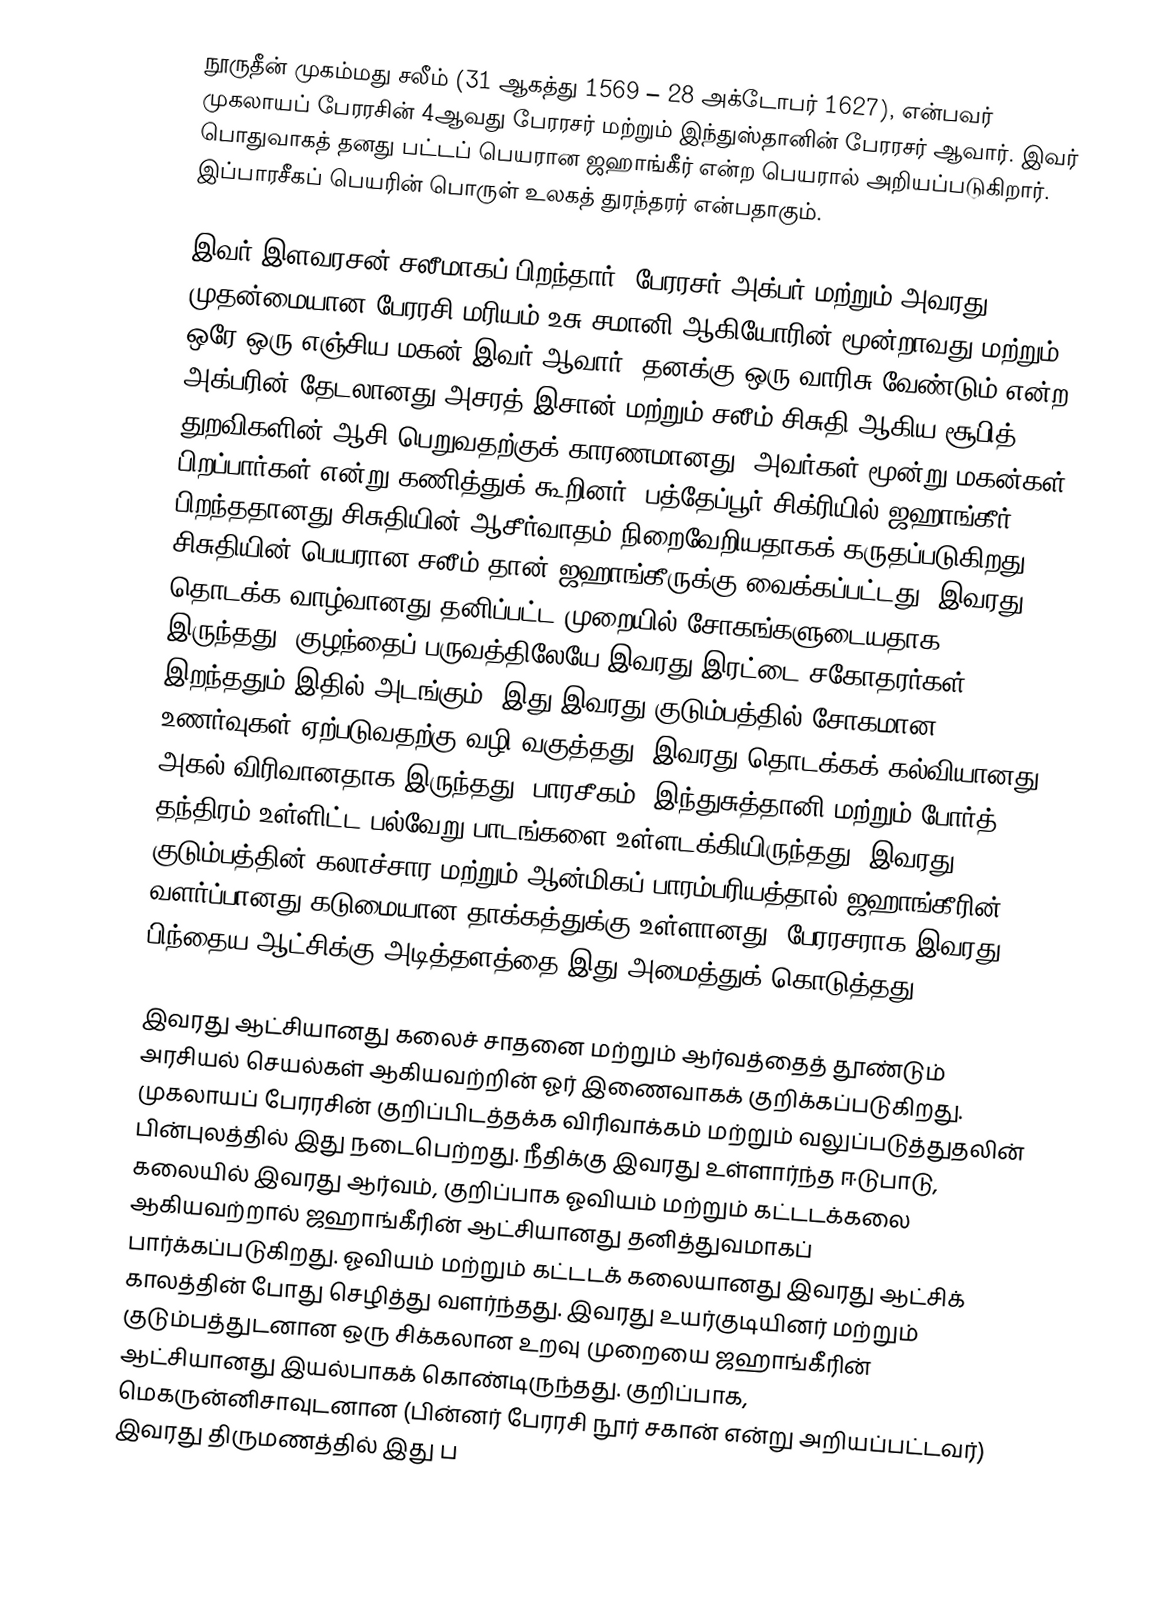
நூருதீன் முகம்மது சலீம் (31 ஆகத்து 1569 – 28 அக்டோபர் 1627), என்பவர் முகலாயப் பேரரசின் 4ஆவது பேரரசர் மற்றும் இந்துஸ்தானின் பேரரசர் ஆவார். இவர் பொதுவாகத் தனது பட்டப் பெயரான ஜஹாங்கீர் என்ற பெயரால் அறியப்படுகிறார். இப்பாரசீகப் பெயரின் பொருள் உலகத் துரந்தரர் என்பதாகும்.

இவர் இளவரசன் சலீமாகப் பிறந்தார். பேரரசர் அக்பர் மற்றும் அவரது முதன்மையான பேரரசி மரியம் உசு-சமானி ஆகியோரின் மூன்றாவது மற்றும் ஒரே ஒரு எஞ்சிய மகன் இவர் ஆவார். தனக்கு ஒரு வாரிசு வேண்டும் என்ற அக்பரின் தேடலானது அசரத் இசான் மற்றும் சலீம் சிசுதி ஆகிய சூபித் துறவிகளின் ஆசி பெறுவதற்குக் காரணமானது. அவர்கள் மூன்று மகன்கள் பிறப்பார்கள் என்று கணித்துக் கூறினர். பத்தேப்பூர் சிக்ரியில் ஜஹாங்கீர் பிறந்ததானது சிசுதியின் ஆசீர்வாதம் நிறைவேறியதாகக் கருதப்படுகிறது. சிசுதியின் பெயரான சலீம் தான் ஜஹாங்கீருக்கு வைக்கப்பட்டது. இவரது தொடக்க வாழ்வானது தனிப்பட்ட முறையில் சோகங்களுடையதாக இருந்தது. குழந்தைப் பருவத்திலேயே இவரது இரட்டை சகோதரர்கள் இறந்ததும் இதில் அடங்கும். இது இவரது குடும்பத்தில் சோகமான உணர்வுகள் ஏற்படுவதற்கு வழி வகுத்தது. இவரது தொடக்கக் கல்வியானது அகல் விரிவானதாக இருந்தது. பாரசீகம், இந்துசுத்தானி மற்றும் போர்த் தந்திரம் உள்ளிட்ட பல்வேறு பாடங்களை உள்ளடக்கியிருந்தது. இவரது குடும்பத்தின் கலாச்சார மற்றும் ஆன்மிகப் பாரம்பரியத்தால் ஜஹாங்கீரின் வளர்ப்பானது கடுமையான தாக்கத்துக்கு உள்ளானது. பேரரசராக இவரது பிந்தைய ஆட்சிக்கு அடித்தளத்தை இது அமைத்துக் கொடுத்தது.

இவரது ஆட்சியானது கலைச் சாதனை மற்றும் ஆர்வத்தைத் தூண்டும் அரசியல் செயல்கள் ஆகியவற்றின் ஓர் இணைவாகக் குறிக்கப்படுகிறது. முகலாயப் பேரரசின் குறிப்பிடத்தக்க விரிவாக்கம் மற்றும் வலுப்படுத்துதலின் பின்புலத்தில் இது நடைபெற்றது. நீதிக்கு இவரது உள்ளார்ந்த ஈடுபாடு, கலையில் இவரது ஆர்வம், குறிப்பாக ஓவியம் மற்றும் கட்டடக்கலை ஆகியவற்றால் ஜஹாங்கீரின் ஆட்சியானது தனித்துவமாகப் பார்க்கப்படுகிறது. ஓவியம் மற்றும் கட்டடக் கலையானது இவரது ஆட்சிக் காலத்தின் போது செழித்து வளர்ந்தது. இவரது உயர்குடியினர் மற்றும் குடும்பத்துடனான ஒரு சிக்கலான உறவு முறையை ஜஹாங்கீரின் ஆட்சியானது இயல்பாகக் கொண்டிருந்தது. குறிப்பாக, மெகருன்னிசாவுடனான (பின்னர் பேரரசி நூர் சகான் என்று அறியப்பட்டவர்) இவரது திருமணத்தில் இது ப